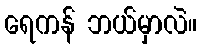
ရေကန် ဘယ်မှာလဲ။